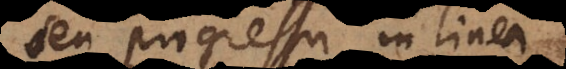
seu progressu in linea